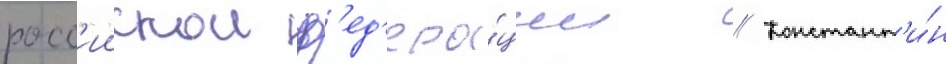
росс'иискои ф'ед'ера́ции // Констант'и́н